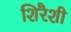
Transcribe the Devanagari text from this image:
शिरैशी